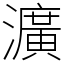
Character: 瀇